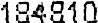
184810